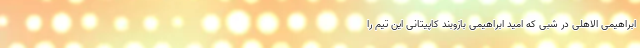
ابراهیمی الاهلی در شبی که امید ابراهیمی بازوبند کاپیتانی این تیم را